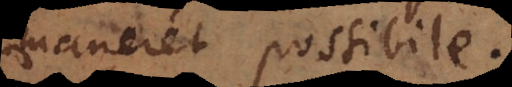
maneret possibile.